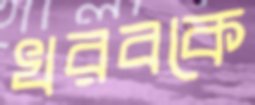
খরবকে